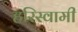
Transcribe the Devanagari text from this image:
हरिस्वामी